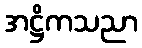
အဋ္ဌိကသညာ